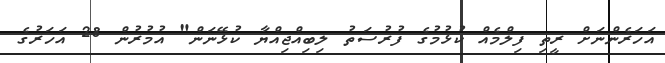
އަހަރެންނަށް ރީތި ފިލްމެއް ކުޅުމުގެ ފުރުސަތު ލިބިއްޖިއްޔާ ކުޅޭނަން" އުމުރުން 28 އަހަރުގެ